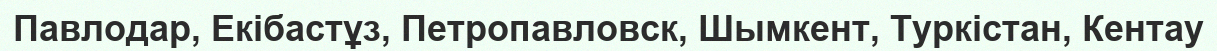
Павлодар, Екібастұз, Петропавловск, Шымкент, Туркістан, Кентау